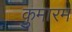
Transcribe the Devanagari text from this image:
कुमारम